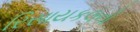
રિસાયકલનો